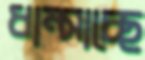
ধাম্‌সাচ্ছে